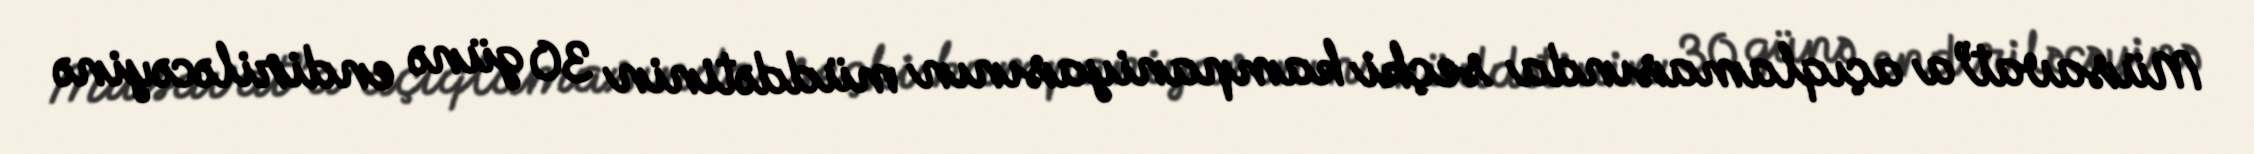
Müsavat”a açıqlamasında seçki kampaniyasının müddətinin 30 günə endiriləcəyinə